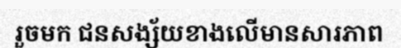
រួចមក ជនសង្ស័យខាងលើមានសារភាព